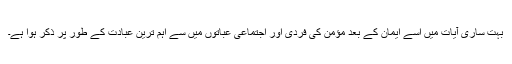
بہت ساری آیات میں اسے ایمان کے بعد مؤمن کی فردی اور اجتماعی عباتوں میں سے اہم ترین عبادت کے طور پر ذکر ہوا ہے۔